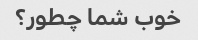
خوب شما چطور؟